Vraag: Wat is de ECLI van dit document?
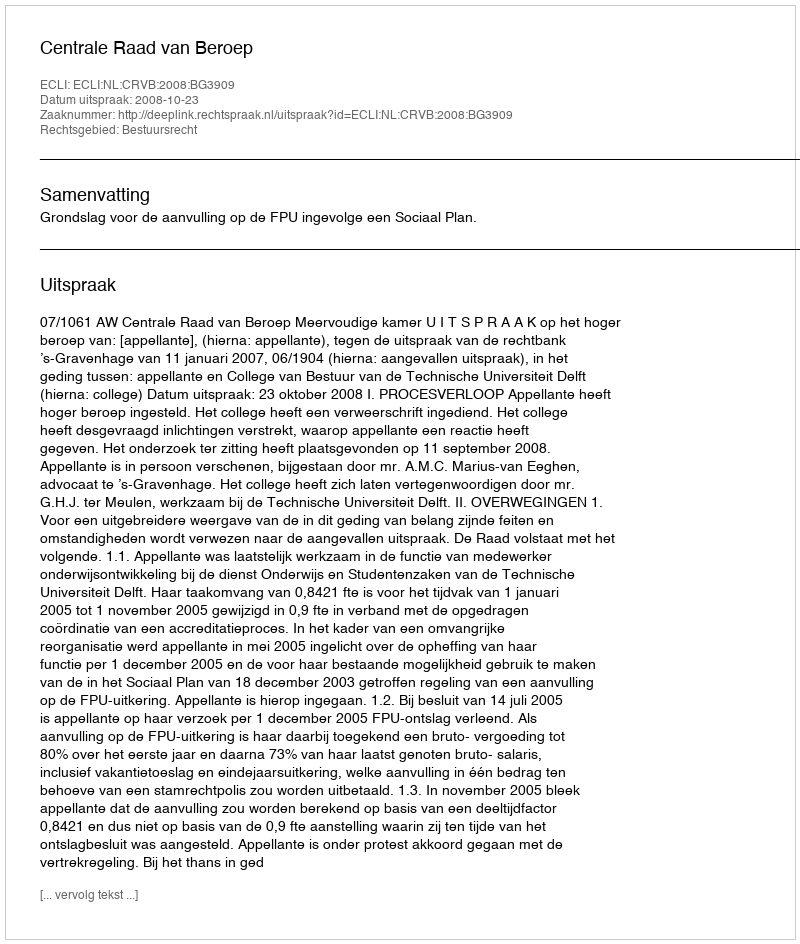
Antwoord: ECLI:NL:CRVB:2008:BG3909